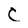
Character: C